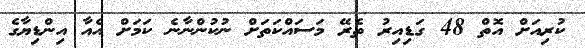
ކުރިއަށް އޮތް 48 ގަޑިއިރު ތެރޭ މަސައްކަތަށް ނުކުންނާނެ ކަމަށް އެއާ އިންޑިޔާގެ